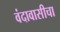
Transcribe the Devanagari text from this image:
वंदावासीचा